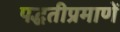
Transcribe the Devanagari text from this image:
पद्धतीप्रमाणें